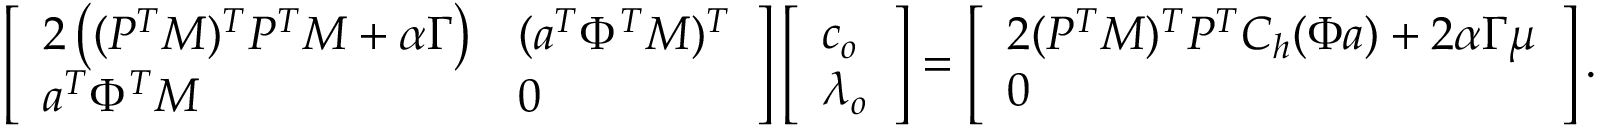
\left[ \begin{array} { l l } { 2 \left( ( P ^ { T } M ) ^ { T } P ^ { T } M + \alpha \Gamma \right) } & { ( \boldsymbol { a } ^ { T } \Phi ^ { T } M ) ^ { T } } \\ { \boldsymbol { a } ^ { T } \Phi ^ { T } M } & { 0 } \end{array} \right] \left[ \begin{array} { l } { \boldsymbol { c } _ { o } } \\ { \lambda _ { o } } \end{array} \right] = \left[ \begin{array} { l } { 2 ( P ^ { T } M ) ^ { T } P ^ { T } C _ { h } ( \Phi \boldsymbol { a } ) + 2 \alpha \Gamma \boldsymbol { \mu } } \\ { 0 } \end{array} \right] .